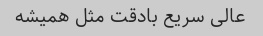
عالی سریع بادقت مثل همیشه